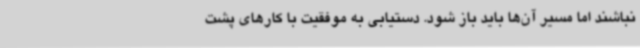
نباشند اما مسیر آن‌ها باید باز شود. دستیابی به موفقیت با کارهای پشت